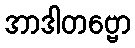
အာဒါတဗ္ဗော